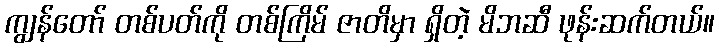
ကျွန်တော် တစ်ပတ်ကို တစ်ကြိမ် ဇာတိမှာ ရှိတဲ့ မိဘဆီ ဖုန်းဆက်တယ်။